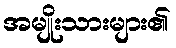
အမျိုးသားများ၏